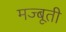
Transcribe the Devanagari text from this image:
मज्बूती